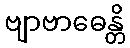
ဗျာဗာဓေန္တိ